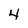
Character: 4